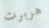
هربرت